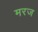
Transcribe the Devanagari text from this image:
मरज